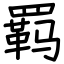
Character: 羁